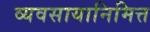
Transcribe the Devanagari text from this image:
व्यवसायानिमित्त